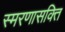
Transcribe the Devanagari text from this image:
स्मरणासक्ति